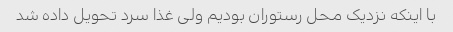
با اینکه نزدیک محل رستوران بودیم ولی غذا سرد تحویل داده شد